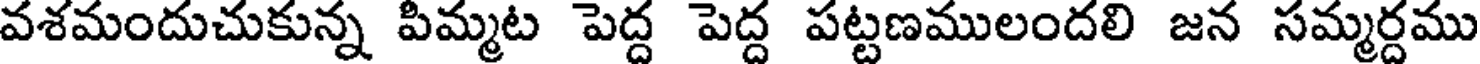
వశమందుచుకున్న పిమ్మట పెద్ద పెద్ద పట్టణములందలి జన సమ్మర్దము